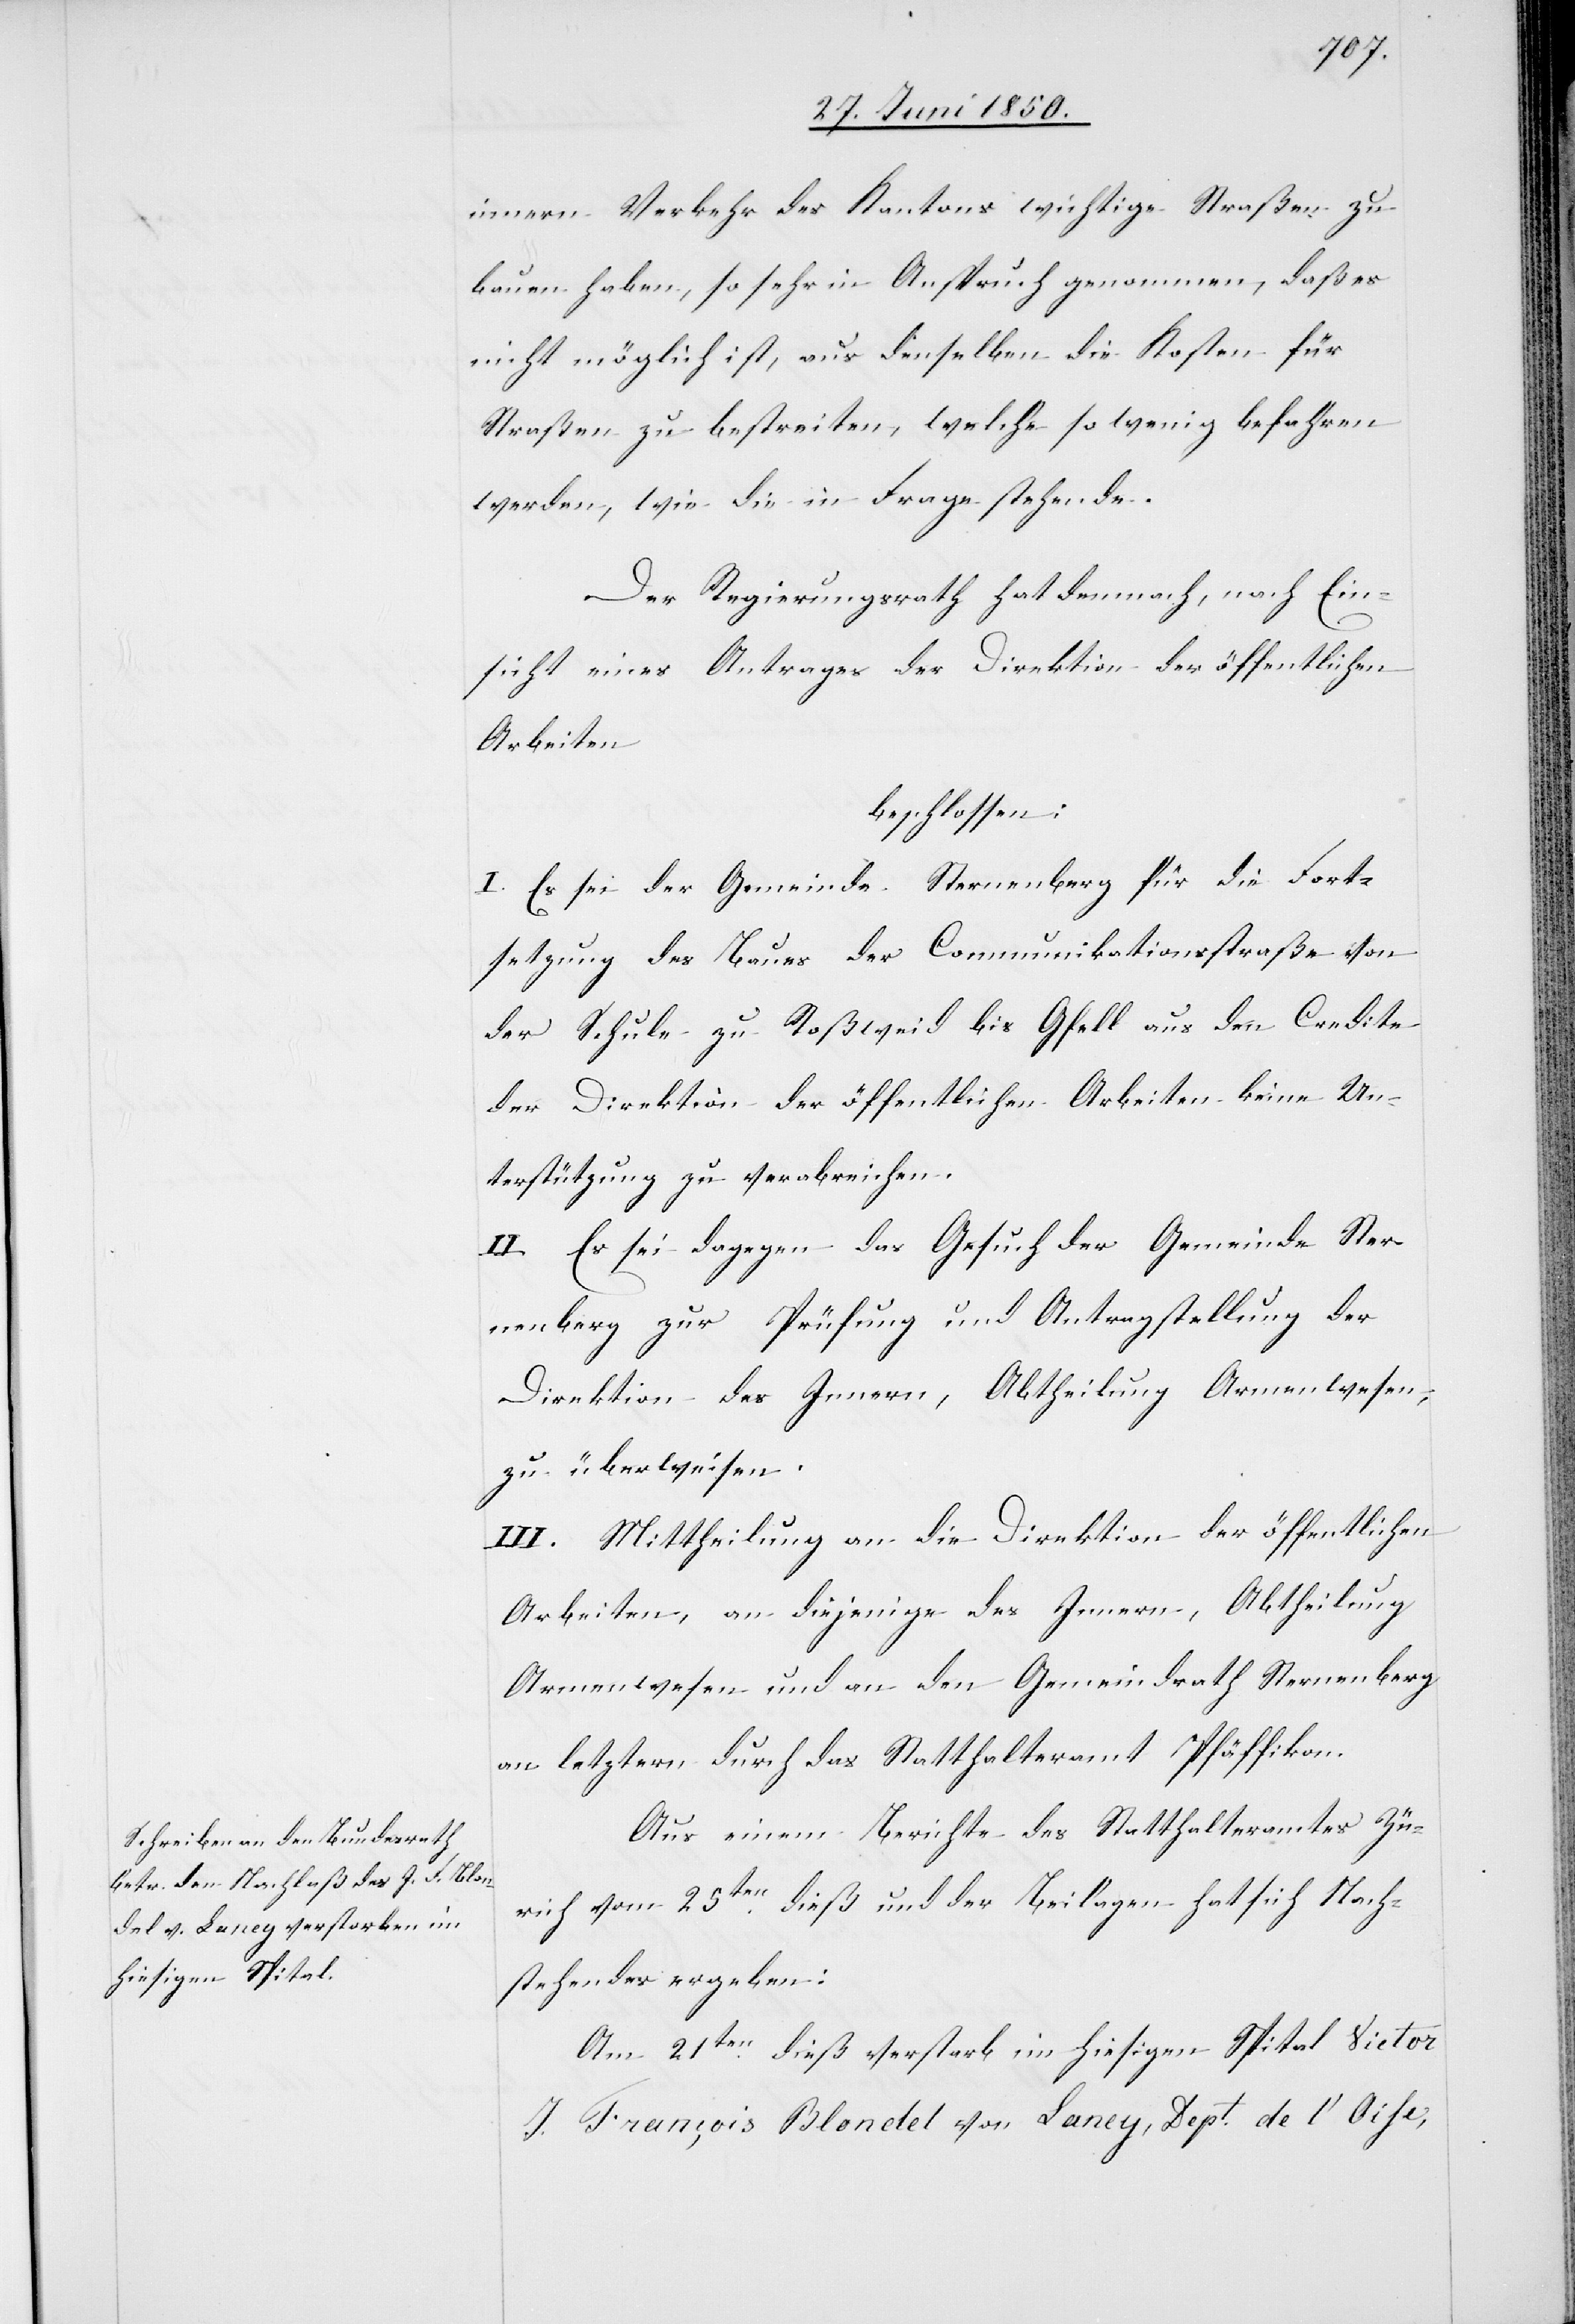
innern Verkehr des Kantons wichtige Straßen zu
bauen haben, so sehr in Anspruch genommen, daß es
nicht möglich ist, aus denselben die Kosten für
Straßen zu bestreiten, welche so wenig befahren
werden, wie die in Frage stehende.
Der Regierungsrath hat demnach, nach Ein¬
sicht eines Antrages der Direktion der öffentlichen
Arbeiten
beschlossen:
I. Es sei der Gemeinde Sternenberg für die Fort¬
setzung des Baues der Communikationsstraße von
der Schule zu Roßweid bis Gfell aus den Credite
der Direktion der öffentlichen Arbeiten keine Un¬
terstützung zu verabreichen.
II. Es sei dagegen das Gesuch der Gemeinde Ster¬
nenberg zur Prüfung und Antragstellung der
Direktion des Innern, Abtheilung Armenwesen,
zu überweisen.
III. Mittheilung an die Direktion der öffentlichen
Arbeiten, an diejenigen des Innern, Abtheilung
Armenwesen und an den Gemeindrath Sternenberg
an letztern durch das Statthalteramt Pfäffikon.
Aus einem Berichte des Statthalteramtes Zü¬
rich vom 25ten dieß und der Beilagen hat sich Nach¬
stehendes ergeben:
Am 21ten dieß verstarb im hiesigen Spital Victor
J. François Blondel von Laney, Dept. de l‘ Oise,